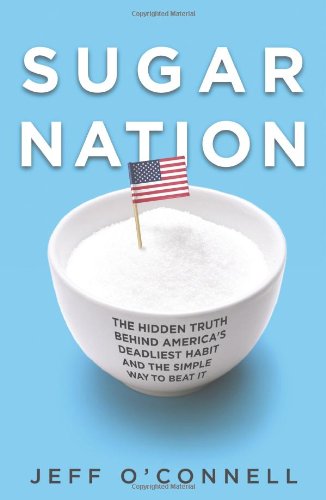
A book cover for Sugar Nation: The Hidden Truth Behind America's Deadliest Habit and the Simple Way to Beat It; Jeff O'Connell; Health, Fitness & Dieting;